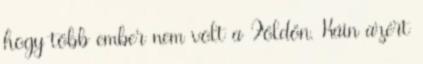
hogy több ember nem volt a Földön. Káin azért